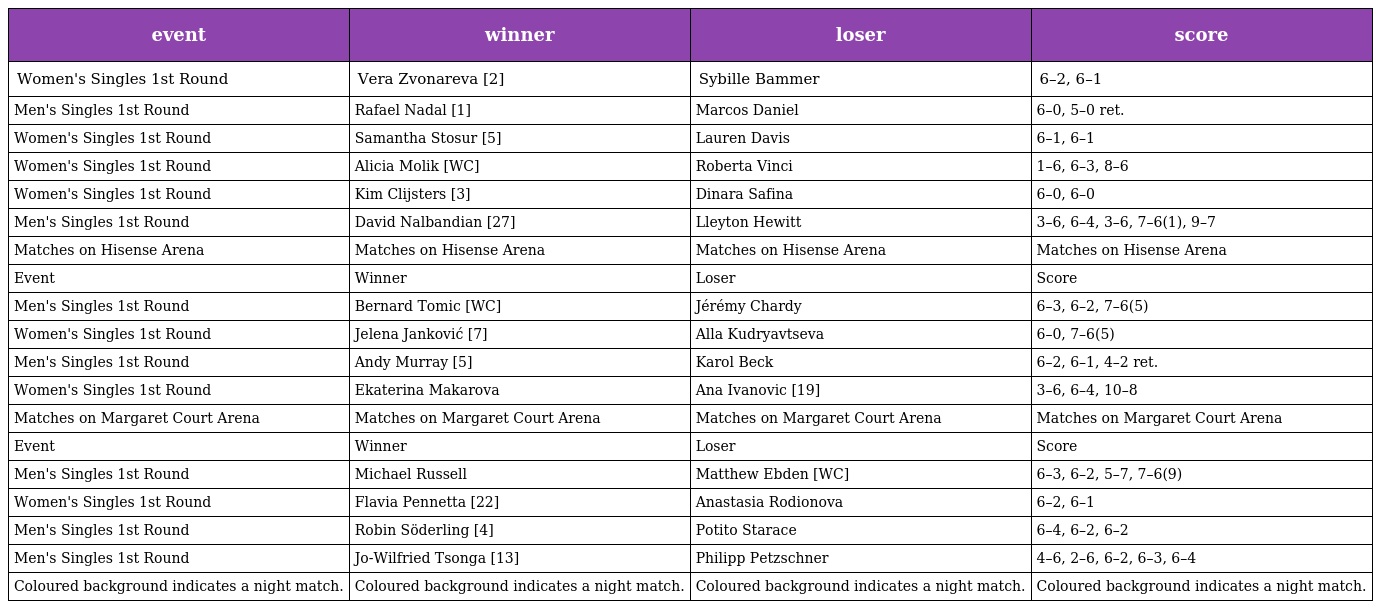
| event | winner | loser | score |
 | --- | --- | --- | --- |
 | Women's Singles 1st Round | Vera Zvonareva [2] | Sybille Bammer | 6–2, 6–1 |
 | Men's Singles 1st Round | Rafael Nadal [1] | Marcos Daniel | 6–0, 5–0 ret. |
 | Women's Singles 1st Round | Samantha Stosur [5] | Lauren Davis | 6–1, 6–1 |
 | Women's Singles 1st Round | Alicia Molik [WC] | Roberta Vinci | 1–6, 6–3, 8–6 |
 | Women's Singles 1st Round | Kim Clijsters [3] | Dinara Safina | 6–0, 6–0 |
 | Men's Singles 1st Round | David Nalbandian [27] | Lleyton Hewitt | 3–6, 6–4, 3–6, 7–6(1), 9–7 |
 | Matches on Hisense Arena | Matches on Hisense Arena | Matches on Hisense Arena | Matches on Hisense Arena |
 | Event | Winner | Loser | Score |
 | Men's Singles 1st Round | Bernard Tomic [WC] | Jérémy Chardy | 6–3, 6–2, 7–6(5) |
 | Women's Singles 1st Round | Jelena Janković [7] | Alla Kudryavtseva | 6–0, 7–6(5) |
 | Men's Singles 1st Round | Andy Murray [5] | Karol Beck | 6–2, 6–1, 4–2 ret. |
 | Women's Singles 1st Round | Ekaterina Makarova | Ana Ivanovic [19] | 3–6, 6–4, 10–8 |
 | Matches on Margaret Court Arena | Matches on Margaret Court Arena | Matches on Margaret Court Arena | Matches on Margaret Court Arena |
 | Event | Winner | Loser | Score |
 | Men's Singles 1st Round | Michael Russell | Matthew Ebden [WC] | 6–3, 6–2, 5–7, 7–6(9) |
 | Women's Singles 1st Round | Flavia Pennetta [22] | Anastasia Rodionova | 6–2, 6–1 |
 | Men's Singles 1st Round | Robin Söderling [4] | Potito Starace | 6–4, 6–2, 6–2 |
 | Men's Singles 1st Round | Jo-Wilfried Tsonga [13] | Philipp Petzschner | 4–6, 2–6, 6–2, 6–3, 6–4 |
 | Coloured background indicates a night match. | Coloured background indicates a night match. | Coloured background indicates a night match. | Coloured background indicates a night match. |